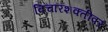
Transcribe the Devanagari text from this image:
विचारशक्तीवर